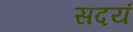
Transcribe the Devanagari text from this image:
सदयं